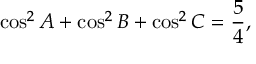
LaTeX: \cos ^ { 2 } A + \cos ^ { 2 } B + \cos ^ { 2 } C = { \frac { 5 } { 4 } } ,